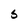
Character: 5